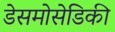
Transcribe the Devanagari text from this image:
डेसमोसेडिकी